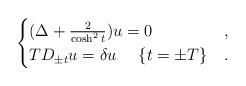
LaTeX: \begin{align*}\begin{cases}(\Delta+\frac{2}{\cosh^2{t}})u = 0 &,\\ TD_{\pm t} u = \delta u ~ ~ ~~ \{t=\pm T\} & .\end{cases}\end{align*}